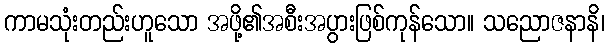
ကာမသုံးတည်းဟူသော အဖို့၏အစီးအပွားဖြစ်ကုန်သော။ သညောဇနာနိ၊